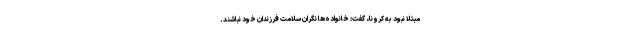
مبتلا نبود به کرونا، گفت: خانواده‌ها نگران سلامت فرزندان خود نباشند.